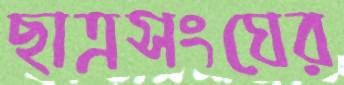
ছাত্রসংঘের